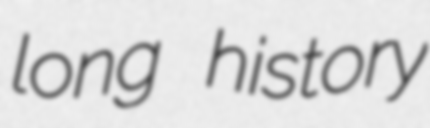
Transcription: long history